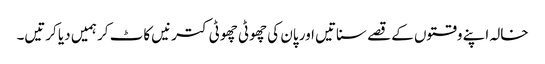
خالہ اپنے وقتوں کے قصے سناتیں اور پان کی چھوٹی چھوٹی کترنیں کاٹ کر ہمیں دیا کرتیں۔